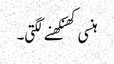
ہنسی کھنکھنے لگتی۔